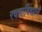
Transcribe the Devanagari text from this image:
रचनाविद्यान